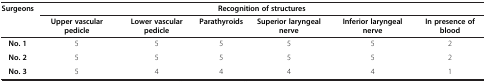
| <ROWSPAN=2> Surgeons | <COLSPAN=6> Recognition of structures |
 | Upper vascular pedicle | Lower vascular pedicle | Parathyroids | Superior laryngeal nerve | Inferior laryngeal nerve | In presence of blood |
 | --- | --- | --- | --- | --- | --- | --- |
 | No. 1 | 5 | 5 | 5 | 5 | 5 | 2 |
 | No. 2 | 5 | 5 | 5 | 5 | 5 | 2 |
 | No. 3 | 5 | 4 | 4 | 4 | 4 | 1 |